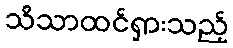
သိသာထင်ရှားသည့်